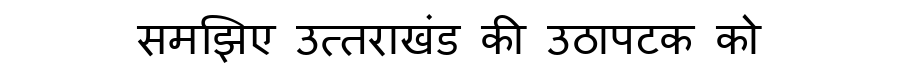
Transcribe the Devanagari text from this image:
समझिए उत्तराखंड की उठापटक को